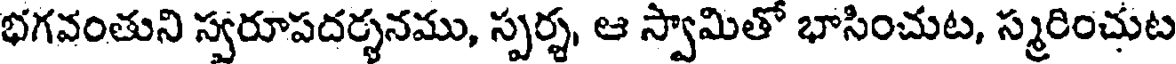
భగవంతుని స్వరూపదర్శనము, స్పర్శ, ఆ స్వామితో భాసించుట, స్మరించుట